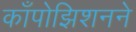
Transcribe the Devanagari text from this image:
काँपोझिशनने